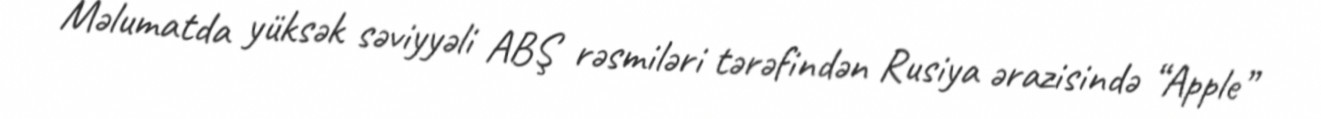
Məlumatda yüksək səviyyəli ABŞ rəsmiləri tərəfindən Rusiya ərazisində “Apple”